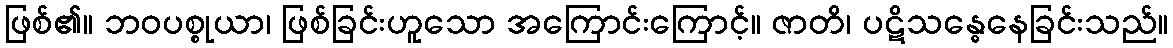
ဖြစ်၏။ ဘဝပစ္စုယာ၊ ဖြစ်ခြင်းဟူသော အကြောင်းကြောင့်။ ဇာတိ၊ ပဋိသန္ဓေနေခြင်းသည်။